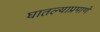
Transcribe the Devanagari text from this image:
घातल्याप्रमाणे